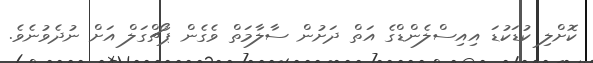
ކޮށްލި ކުޑަކުޑަ އިއިސްލެންޑްގެ އަތް ދަށުން ސާލާމަތް ވެގެން ޕޯޗްގަލް އަށް ނުދެވުނެވެ.